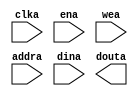
module ram32x1024_xilinx(
	clka,
	ena,
	wea,
	addra,
	dina,
	douta);


input clka;
input ena;
input [3 : 0] wea;
input [9 : 0] addra;
input [31 : 0] dina;
output [31 : 0] douta;

// synthesis translate_off

      BLK_MEM_GEN_V4_1 #(
		.C_ADDRA_WIDTH(10),
		.C_ADDRB_WIDTH(10),
		.C_ALGORITHM(1),
		.C_BYTE_SIZE(8),
		.C_COMMON_CLK(0),
		.C_DEFAULT_DATA("0"),
		.C_DISABLE_WARN_BHV_COLL(0),
		.C_DISABLE_WARN_BHV_RANGE(0),
		.C_FAMILY("spartan6"),
		.C_HAS_ENA(1),
		.C_HAS_ENB(0),
		.C_HAS_INJECTERR(0),
		.C_HAS_MEM_OUTPUT_REGS_A(0),
		.C_HAS_MEM_OUTPUT_REGS_B(0),
		.C_HAS_MUX_OUTPUT_REGS_A(0),
		.C_HAS_MUX_OUTPUT_REGS_B(0),
		.C_HAS_REGCEA(0),
		.C_HAS_REGCEB(0),
		.C_HAS_RSTA(0),
		.C_HAS_RSTB(0),
		.C_HAS_SOFTECC_INPUT_REGS_A(0),
		.C_HAS_SOFTECC_INPUT_REGS_B(0),
		.C_HAS_SOFTECC_OUTPUT_REGS_A(0),
		.C_HAS_SOFTECC_OUTPUT_REGS_B(0),
		.C_INITA_VAL("0"),
		.C_INITB_VAL("0"),
		.C_INIT_FILE_NAME("no_coe_file_loaded"),
		.C_LOAD_INIT_FILE(0),
		.C_MEM_TYPE(0),
		.C_MUX_PIPELINE_STAGES(0),
		.C_PRIM_TYPE(1),
		.C_READ_DEPTH_A(1024),
		.C_READ_DEPTH_B(1024),
		.C_READ_WIDTH_A(32),
		.C_READ_WIDTH_B(32),
		.C_RSTRAM_A(0),
		.C_RSTRAM_B(0),
		.C_RST_PRIORITY_A("CE"),
		.C_RST_PRIORITY_B("CE"),
		.C_RST_TYPE("SYNC"),
		.C_SIM_COLLISION_CHECK("ALL"),
		.C_USE_BYTE_WEA(1),
		.C_USE_BYTE_WEB(1),
		.C_USE_DEFAULT_DATA(0),
		.C_USE_ECC(0),
		.C_USE_SOFTECC(0),
		.C_WEA_WIDTH(4),
		.C_WEB_WIDTH(4),
		.C_WRITE_DEPTH_A(1024),
		.C_WRITE_DEPTH_B(1024),
		.C_WRITE_MODE_A("WRITE_FIRST"),
		.C_WRITE_MODE_B("WRITE_FIRST"),
		.C_WRITE_WIDTH_A(32),
		.C_WRITE_WIDTH_B(32),
		.C_XDEVICEFAMILY("spartan6"))
	inst (
		.CLKA(clka),
		.ENA(ena),
		.WEA(wea),
		.ADDRA(addra),
		.DINA(dina),
		.DOUTA(douta),
		.RSTA(),
		.REGCEA(),
		.CLKB(),
		.RSTB(),
		.ENB(),
		.REGCEB(),
		.WEB(),
		.ADDRB(),
		.DINB(),
		.DOUTB(),
		.INJECTSBITERR(),
		.INJECTDBITERR(),
		.SBITERR(),
		.DBITERR(),
		.RDADDRECC());


// synthesis translate_on

endmodule